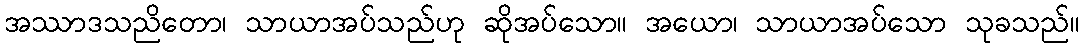
အဿာဒသညိတော၊ သာယာအပ်သည်ဟု ဆိုအပ်သော။ အယော၊ သာယာအပ်သော သုခသည်။